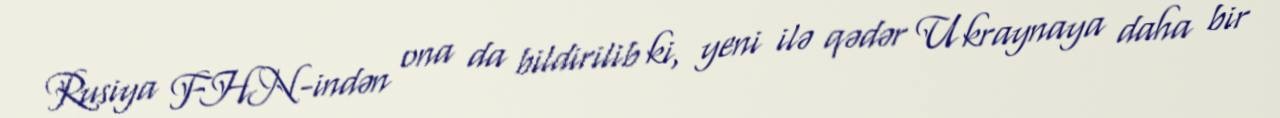
Rusiya FHN-indən ona da bildirilib ki, yeni ilə qədər Ukraynaya daha bir